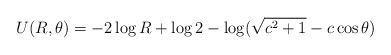
\begin{align*}U(R,\theta)=-2\log R+\log 2-\log (\sqrt{c^2+1}-c\cos\theta)\end{align*}